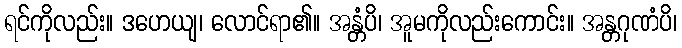
ရင်ကိုလည်း။ ဒဟေယျ၊ လောင်ရာ၏။ အန္တံပိ၊ အူမကိုလည်းကောင်း။ အန္တဂုဏံပိ၊